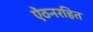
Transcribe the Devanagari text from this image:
ऐंठनरहित